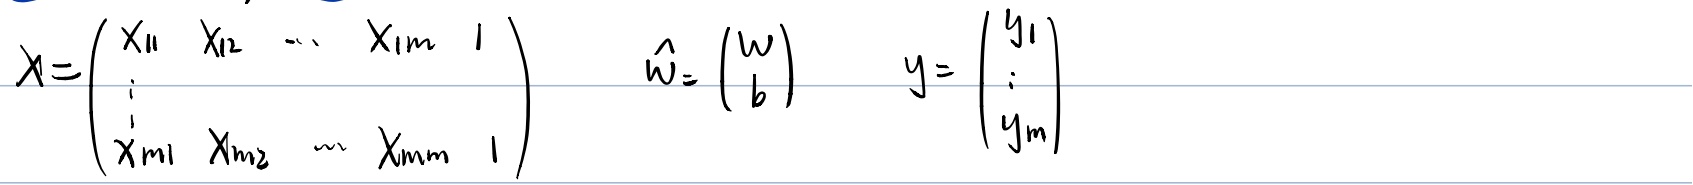
\[X=\begin{pmatrix}x_{11} & x_{12} & \cdots & x_{1m} & 1 \\\vdots & & & & \\x_{m1} & x_{m2} & \cdots & x_{mm} & 1\end{pmatrix} \quad \hat{w}=\begin{pmatrix}w \\b\end{pmatrix} \quad y=\begin{pmatrix}y_1 \\\vdots \\y_m\end{pmatrix}\]